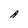
Character: A